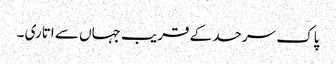
پاک سرحد کے قریب جہاں سے اتاری ۔